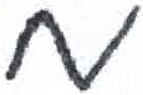
אות: מ